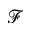
\mathcal { F }